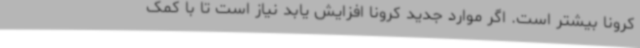
کرونا بیشتر است. اگر موارد جدید کرونا افزایش یابد نیاز است تا با کمک